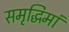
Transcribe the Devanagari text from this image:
समृद्धिमां